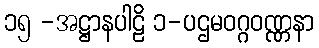
၁၅ -အဋ္ဌာနပါဠိ ၁-ပဌမဝဂ္ဂဝဏ္ဏနာ